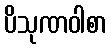
ပိသုဏဝါစာ